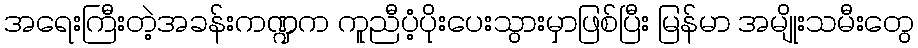
အရေးကြီးတဲ့အခန်းကဏ္ဍက ကူညီပံ့ပိုးပေးသွားမှာဖြစ်ပြီး မြန်မာ အမျိုးသမီးတွေ